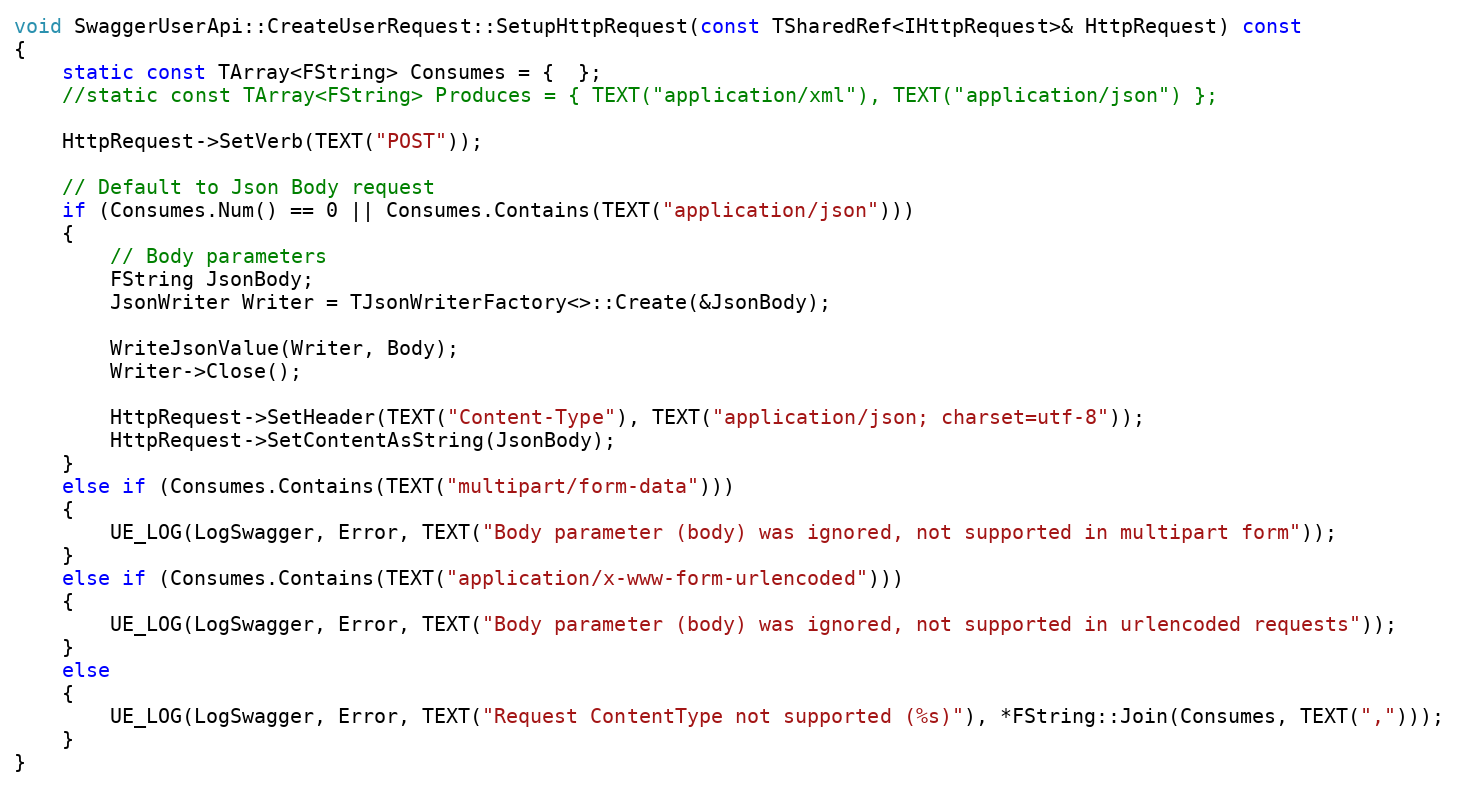
Language: C++
void SwaggerUserApi::CreateUserRequest::SetupHttpRequest(const TSharedRef<IHttpRequest>& HttpRequest) const
{
	static const TArray<FString> Consumes = {  };
	//static const TArray<FString> Produces = { TEXT("application/xml"), TEXT("application/json") };

	HttpRequest->SetVerb(TEXT("POST"));

	// Default to Json Body request
	if (Consumes.Num() == 0 || Consumes.Contains(TEXT("application/json")))
	{
		// Body parameters
		FString JsonBody;
		JsonWriter Writer = TJsonWriterFactory<>::Create(&JsonBody);

		WriteJsonValue(Writer, Body);
		Writer->Close();

		HttpRequest->SetHeader(TEXT("Content-Type"), TEXT("application/json; charset=utf-8"));
		HttpRequest->SetContentAsString(JsonBody);
	}
	else if (Consumes.Contains(TEXT("multipart/form-data")))
	{
		UE_LOG(LogSwagger, Error, TEXT("Body parameter (body) was ignored, not supported in multipart form"));
	}
	else if (Consumes.Contains(TEXT("application/x-www-form-urlencoded")))
	{
		UE_LOG(LogSwagger, Error, TEXT("Body parameter (body) was ignored, not supported in urlencoded requests"));
	}
	else
	{
		UE_LOG(LogSwagger, Error, TEXT("Request ContentType not supported (%s)"), *FString::Join(Consumes, TEXT(",")));
	}
}